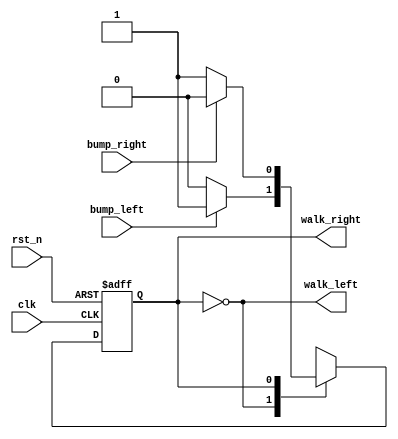
module Lemmings1(clk, rst_n, bump_left, bump_right, walk_left, walk_right);
  input clk;
  input rst_n;
  input bump_left;
  input bump_right;
  output walk_left;
  output walk_right;
  
  localparam LEFT = 0,
            RIGHT = 1;
            
  reg present_state, next_state;
  
  always @(*) begin
    case(present_state)
      LEFT: next_state = (bump_left) ? RIGHT : LEFT;
      RIGHT: next_state = (bump_right) ? LEFT : RIGHT;
    endcase
  end
  
  always @(posedge clk or negedge rst_n) begin
    if(!rst_n) present_state <= LEFT;
    else       present_state <= next_state;
  end
  
  assign walk_left = (present_state == LEFT);
  assign walk_right = (present_state == RIGHT);
endmodule